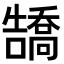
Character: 𪢡